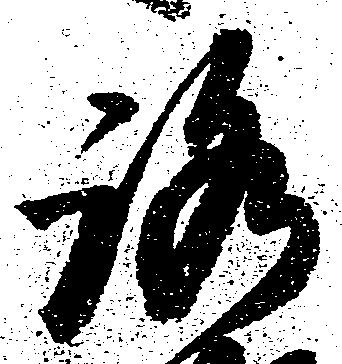
路